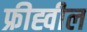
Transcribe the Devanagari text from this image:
फ्रीह्वील